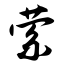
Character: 萦